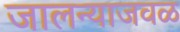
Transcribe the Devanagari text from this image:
जालन्याजवळ